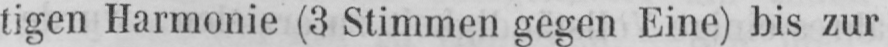
tigen Harmonie (3 Stimmen gegen Eine) bis zur